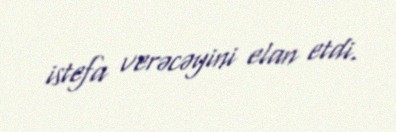
istefa verəcəyini elan etdi.